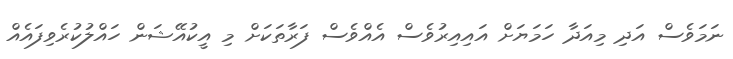
ނަމަވެސް އަދި މިއަދާ ހަމަޔަށް އައިއިރުވެސް އެއްވެސް ފަރާތަކަށް މި އީކުއޭޝަން ހައްލުކުރެވިފައެއް